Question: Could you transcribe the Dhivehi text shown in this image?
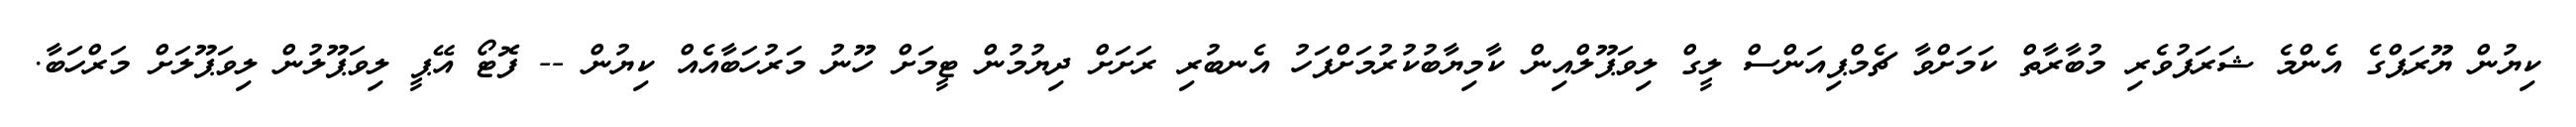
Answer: ކިޔުން ޔޫރަޕްގެ އެންމެ ޝަރަފުވެރި މުބާރާތް ކަމަށްވާ ޗެމްޕިއަންސް ލީގް ލިވަޕޫލްއިން ކާމިޔާބުކުރުމަށްފަހު އެނބުރި ރަށަށް ދިޔުމުން ޓީމަށް ހޫނު މަރުހަބާއެއް ކިޔުން -- ފޮޓޯ އޭޕީ ލިވަޕޫލުން ލިވަޕޫލަށް މަރްހަބާ.